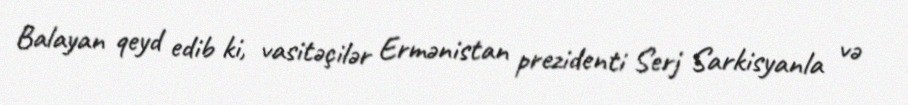
Balayan qeyd edib ki, vasitəçilər Ermənistan prezidenti Serj Sarkisyanla və